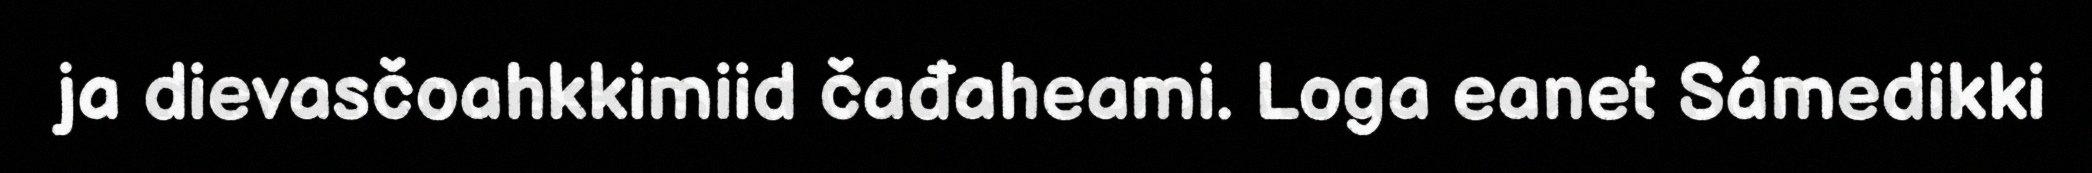
ja dievasčoahkkimiid čađaheami. Loga eanet Sámedikki